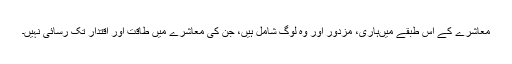
معاشرے کے اس طبقے میںہاری، مزدور اور وہ لوگ شامل ہیں، جن کی معاشرے میں طاقت اور اقتدار تک رسائی نہیں۔